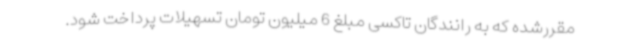
مقررشده که به رانندگان تاکسی مبلغ 6 میلیون تومان تسهیلات پرداخت شود.